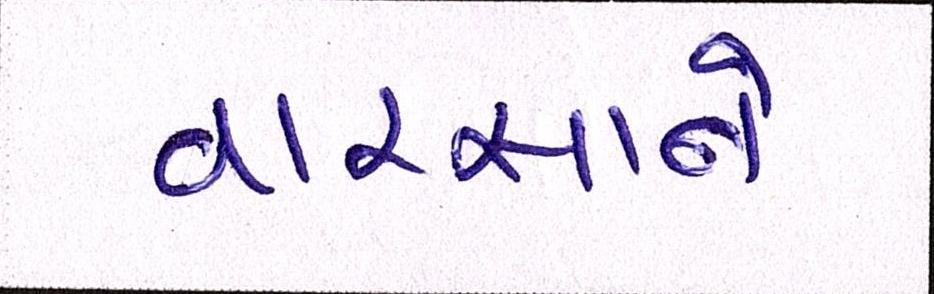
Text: વારસાને